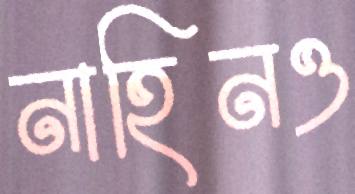
নাহিনও